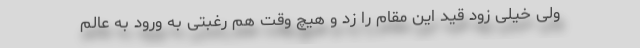
ولی خیلی زود قید این مقام را زد و هیچ وقت هم رغبتی به ورود به عالم